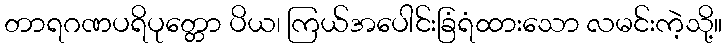
တာရဂဏပရိပုတ္တော ပိယ၊ ကြယ်အပေါင်းခြံရံထားသော လမင်းကဲ့သို့။